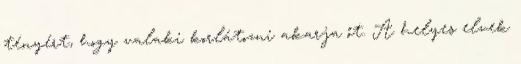
tényért, hogy valaki korlátozni akarja őt. A helyes elvek